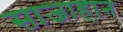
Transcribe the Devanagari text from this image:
साजाहान